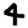
Digit: 4